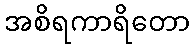
အစိရကာရိတော